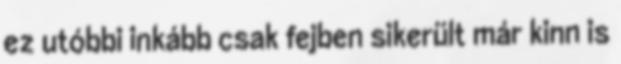
ez utóbbi inkább csak fejben sikerült már kinn is